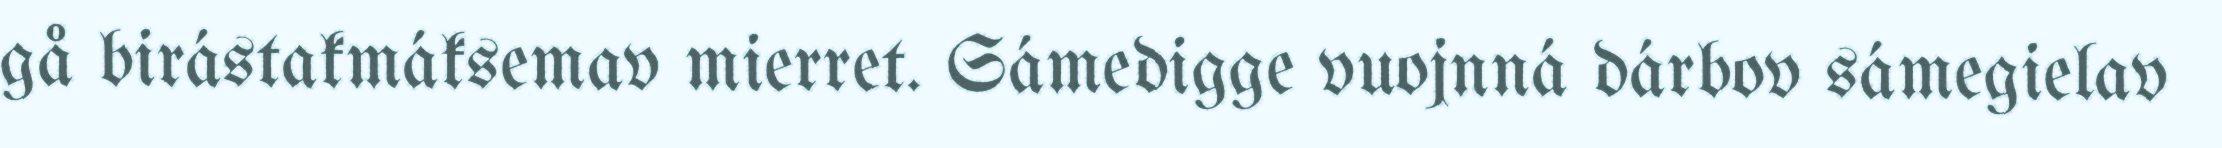
gå birástakmáksemav mierret. Sámedigge vuojnná dárbov sámegielav